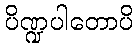
ပိဏ္ဍပါတောပိ